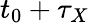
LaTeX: t_{0}+\tau_{X}